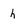
Character: h